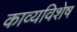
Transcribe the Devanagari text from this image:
काव्यविशेष